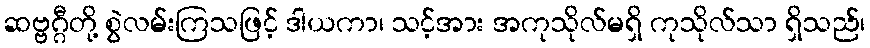
ဆဗ္ဗဂ္ဂီတို့ စွဲလမ်းကြသဖြင့် ဒါယကာ၊ သင့်အား အကုသိုလ်မရှိ ကုသိုလ်သာ ရှိသည်၊